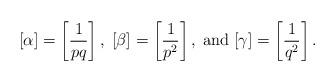
LaTeX: \begin{align*}[\alpha]=\left[\frac{1}{pq}\right],\;[\beta]=\left[\frac{1}{p^2}\right],\;\hbox{and}\;[\gamma]=\left[\frac{1}{q^2}\right].\end{align*}